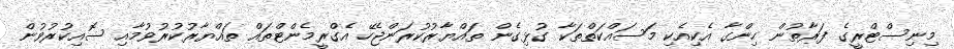
މިނިސްޓްރީގެ ފަރާތުން ހިންގާ އެކިއެކި މަސައްކަތްތަކާ ގުޅިގެން ތައްޔާރުކުރަންޖެހޭ އެގްރީމެންޓްތައް ތައްޔާރުކުރުވުމާއި ސޮއިކުރުވުން